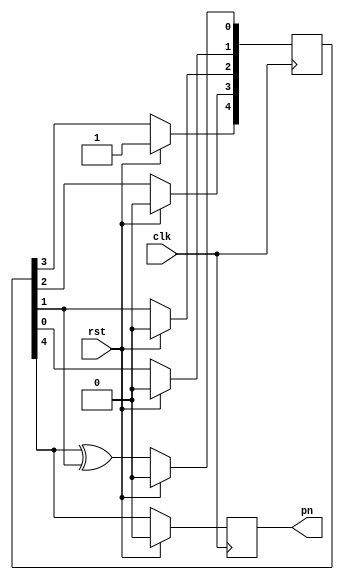
//PnCode.v
module PnCode (
	rst,clk,
	pn); 
	
	input	 rst; //
	input	 clk; //FPGA31Rb=6.2 MHz
	output pn;  //PN
   
	//PN
	parameter Len = 5;     //
	wire [Len-1:0] reg_state = 5'b10000;   //
	wire [Len:0]   polynomial= 6'b100101;  //  
   
   reg [Len-1:0] pn_reg;
   reg pncode;
	integer i;
	reg poly=1'b0;
	always @(posedge clk)
		//PN
		if (rst)
		   begin
			   pn_reg <= reg_state;
				pncode <= 1'b0;
			end
		else
		   begin
				//
				pn_reg[0] <= poly;
			   //pn
			   pncode <= pn_reg[Len-1];
				//pn_reg
			   for (i=0; i<=(Len-2); i=i+1)
					pn_reg[i+1] <= pn_reg[i];
			end
			
	integer j;
	//
   always @(*)
		for (j=(Len-1); j>=0; j=j-1)
		   begin
			   if (j==(Len-1))
			      poly = pn_reg[j];
		      else if (polynomial[j+1])
			      poly = poly ^ pn_reg[j];
		   end
			
   assign pn = pncode;
	 
endmodule